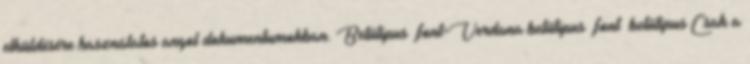
elküldésére használatos angol dokumentumokban. Betűtípus font=Verdana betűtípus font betűtípus Csak a